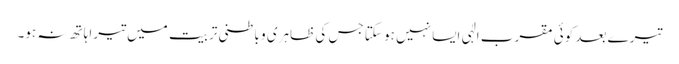
تیرے بعد کوئی مقرب الٰہی ایسا نہیں ہو سکتا جس کی ظاہری و باطنی تربیت میں تیرا ہاتھ نہ ہو۔